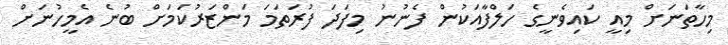
މިހާތަނަށް މިއީ ކައިވެނީގެ ހަލްފާއަކުން ފެނުނު މިފަދަ ފުރަތަމަ މަންޒަރުކަމަށް ބުނެ އެމީހުނަށް